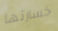
خسارتها